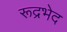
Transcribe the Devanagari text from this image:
रूद्रभेद